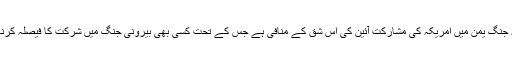
اس بل کی حمایت کرنے والوں کا کہنا ہے کہ جنگ یمن میں امریکہ کی مشارکت آئین کی اس شق کے منافی ہے جس کے تحت کسی بھی بیرونی جنگ میں شرکت کا فیصلہ کرنا صدر نہیں بلکہ کانگریس کی ذمہ داری ہے۔